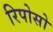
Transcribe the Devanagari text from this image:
रिपोसो